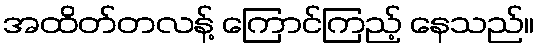
အထိတ်တလန့် ကြောင်ကြည့် နေသည်။